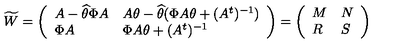
\widetilde { W } = \left( \begin{array} { l l } { A - \widehat { \theta } \Phi A } & { A \theta - \widehat { \theta } ( \Phi A \theta + ( A ^ { t } ) ^ { - 1 } ) } \\ { \Phi A } & { \Phi A \theta + ( A ^ { t } ) ^ { - 1 } } \\ \end{array} \right) = \left( \begin{array} { l l } { M } & { N } \\ { R } & { S } \\ \end{array} \right)